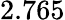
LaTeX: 2.765